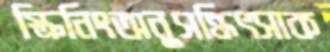
স্ক্রিনিংঅনুসন্ধিৎসাক